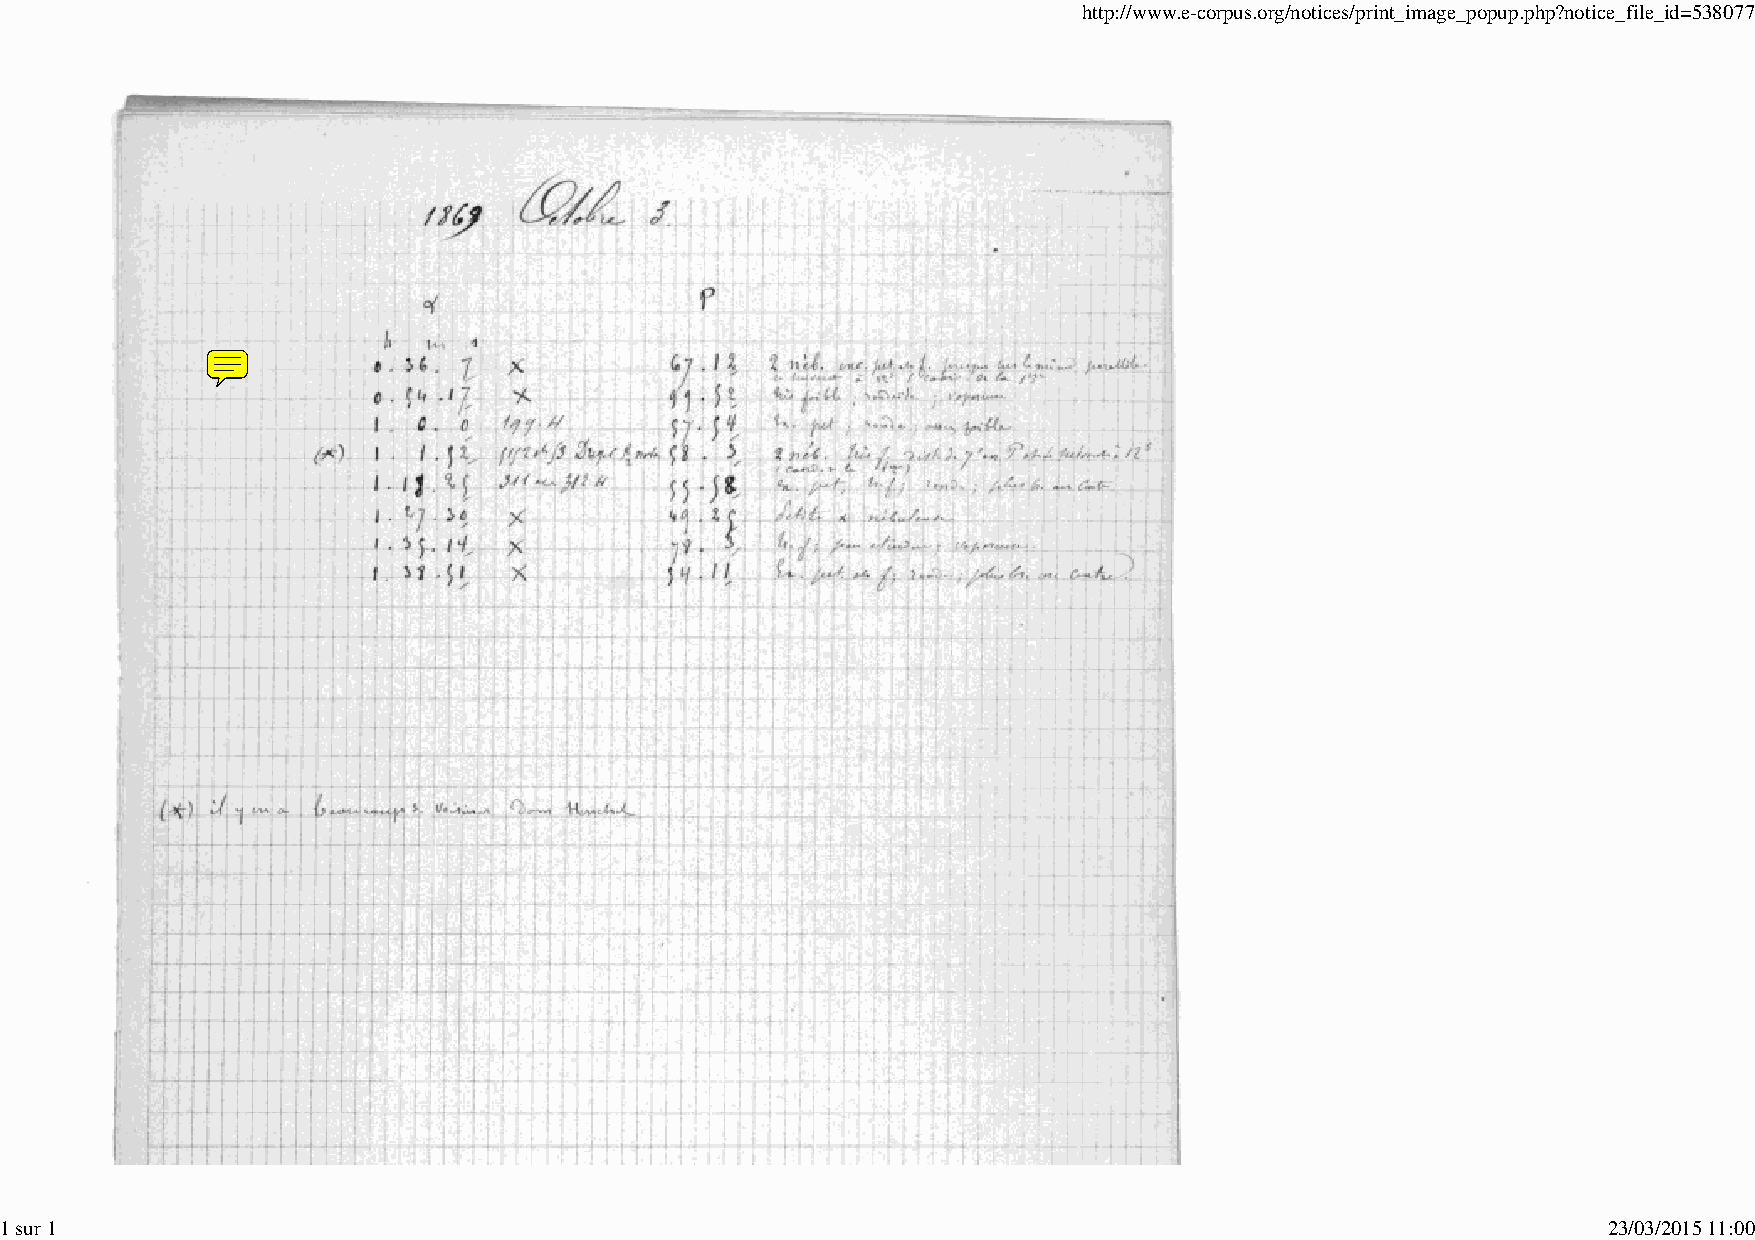
http://www.e-corpus.org/notices/print_image_popup.php?notice_file_id=538077
 1 sur 1                                                                                                   23/03/2015 11:00